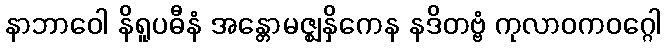
နာဘာဝေါ နိရူပဓီနံ အန္တောမဇ္ဈနှိကေန နဒိတဗ္ဗံ ကုလာဝကဝဂ္ဂေါ